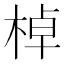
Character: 棹